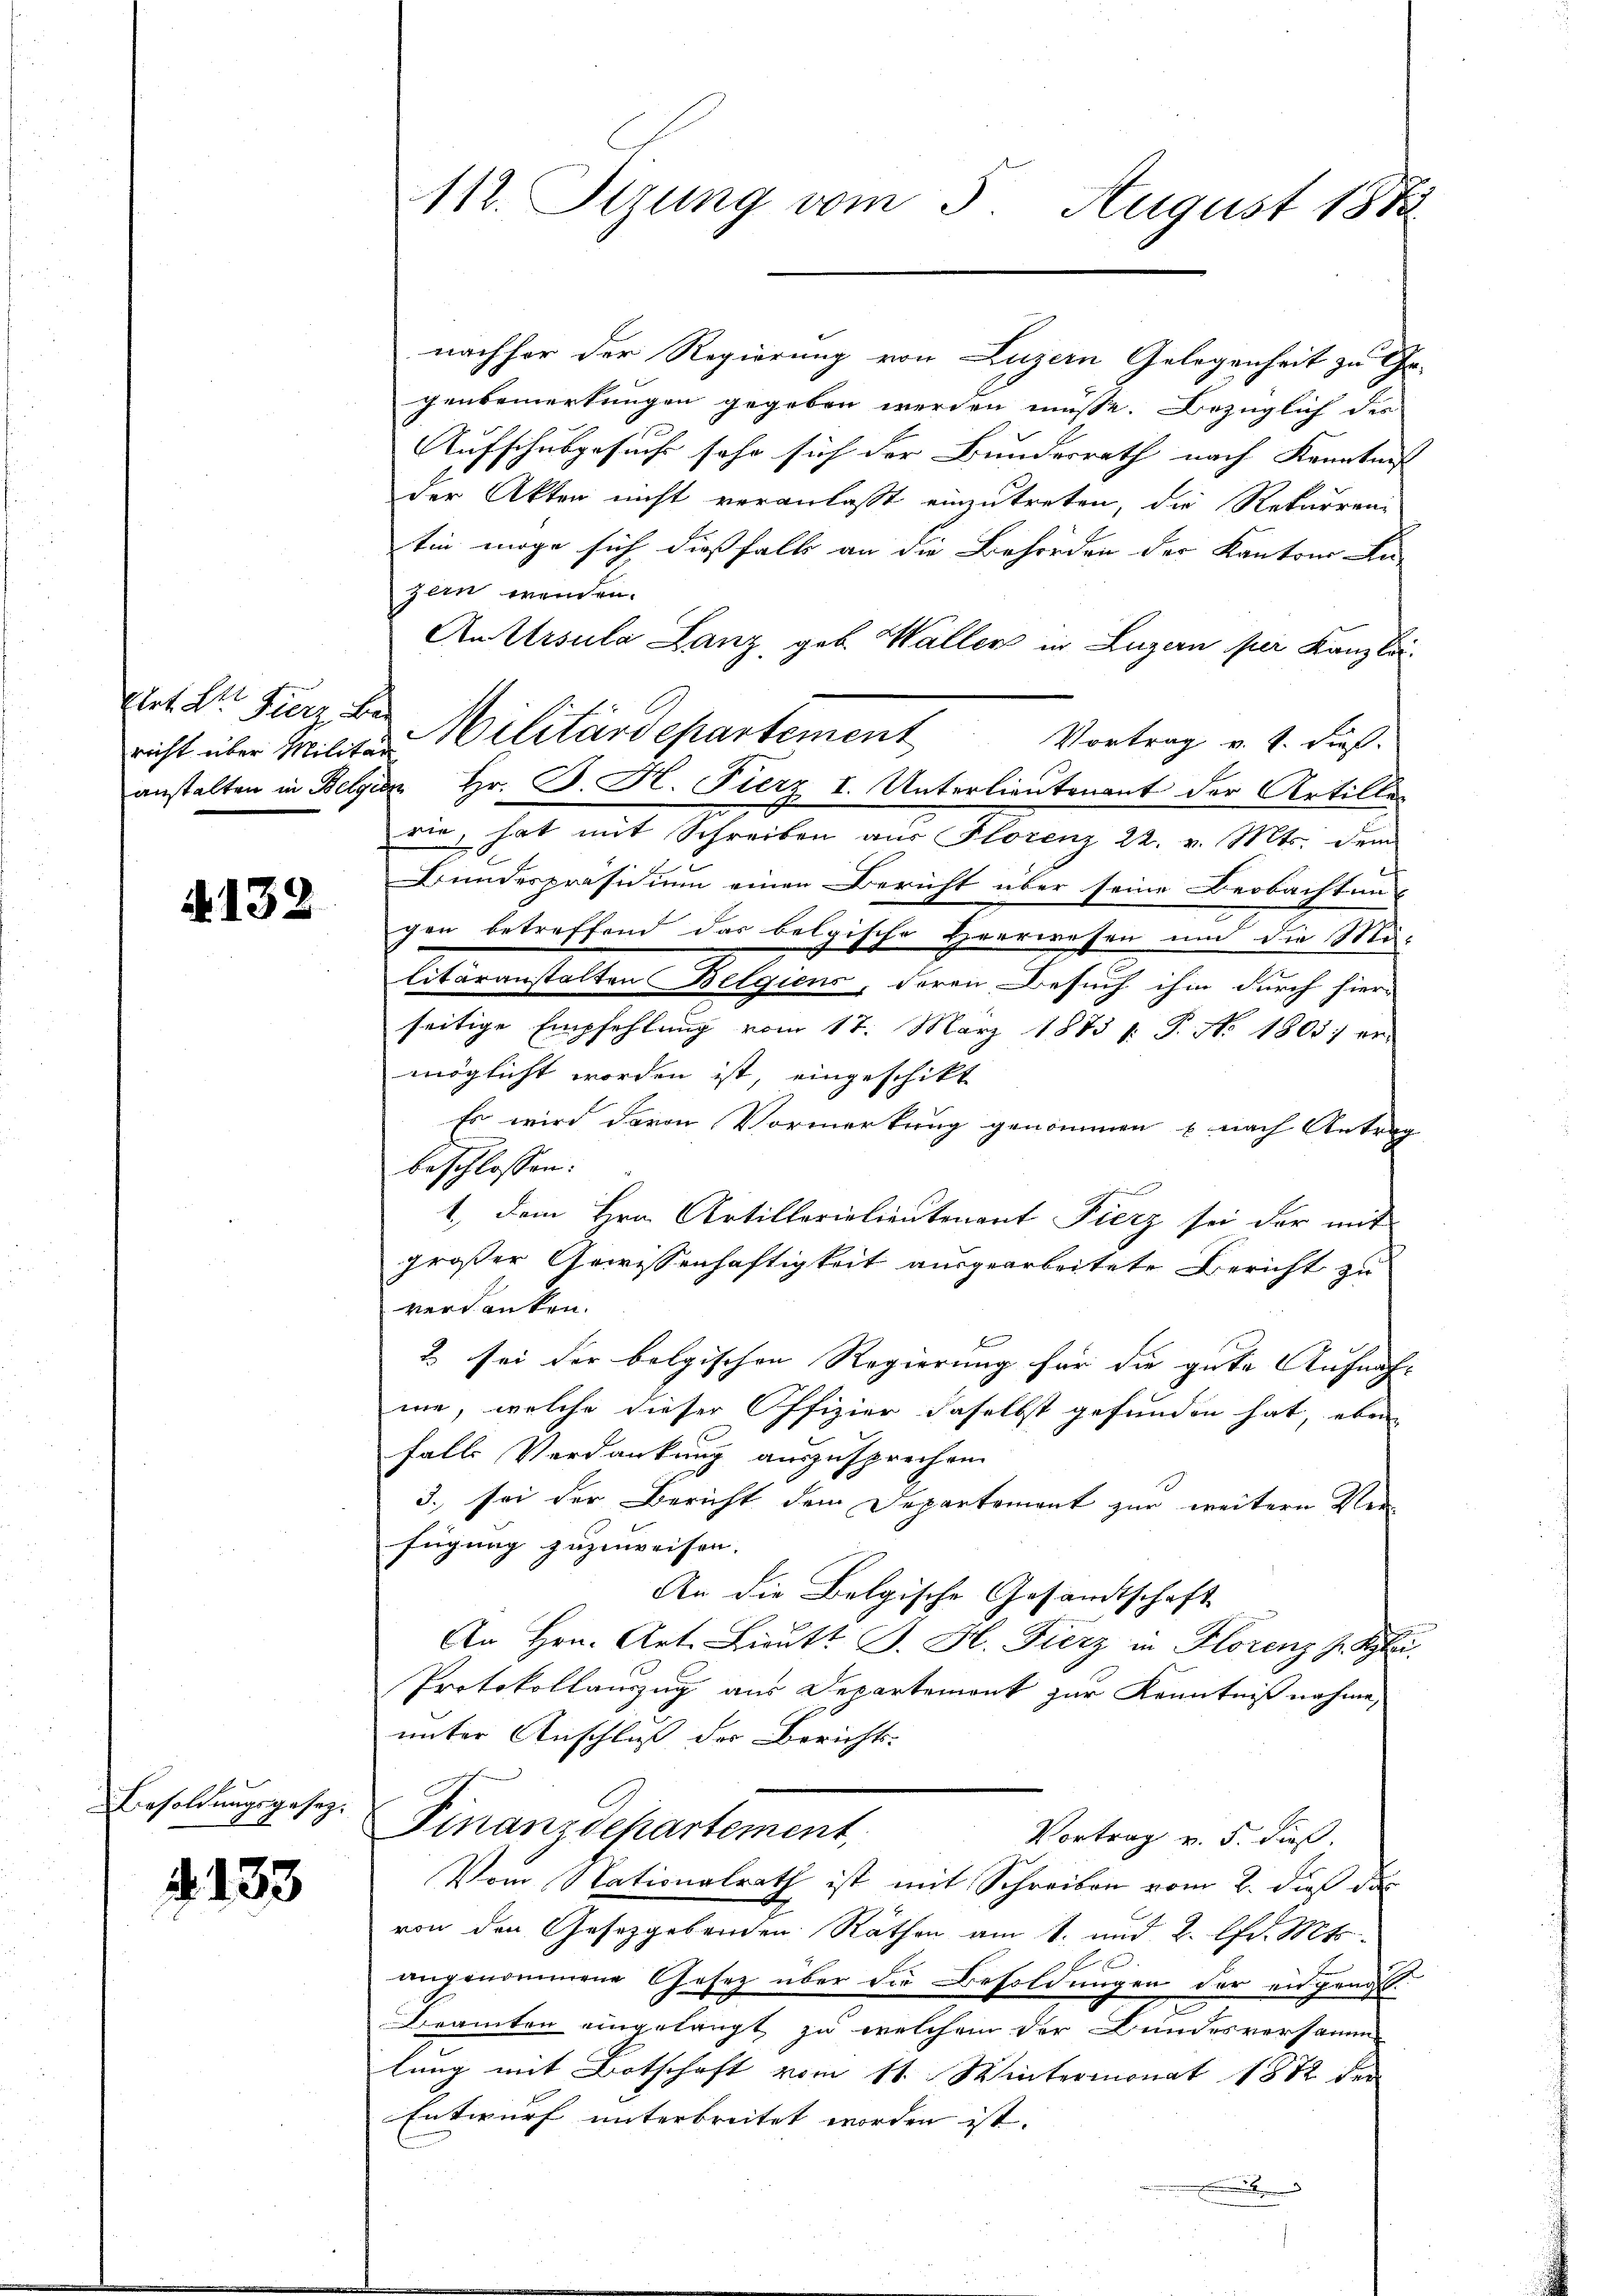
Elat Dr. Fierz bes

N. 132

Besoldungsgesez¬

§. 133

112. Sizung vom 3. August 1882

richt über Militar Militärdepartement

nachher der Regierung von Luzern Gelegenheit zu Ge-
genbemerkungen gegeben werden müsse. Bezüglich der
Aufschulgesuchs sehr sich der Bundesrath nach Kenntnis |
der Akten nicht veranlasst einzutreten, die Rekurren-
tin möge sich dießfalls an die Behörden der Kantons An-
zern wenden.
An Ursula Lanz, geb. Waller in Luzern per Kanzlei-
Vortrag v. J. dieß.
anstalten in Belgien Hr. J. H. Fierz I. Unterlieutenant der Artille-
rie, hat mit Schreiben aus Florenz 22. v. Mts. dem
Bundespräsidium einen Bericht über seine Beobachten
gen betreffend das belgische Herrwesen um die Mulitäranstalten Belgiens, deren Besuch ihm durch hier-
seitige Empfehlung vom 17. März 1873 1. P. No 1803. er-
möglicht worden ist, eingeschikt
Es wird davon Vormerkung genommen u. nach Antrag
beschlossen:
1., dem Hrn. Artillerielieutenant Fierz sei der mit
großer Gewissenhaftigkeit ausgearbeitete Bericht zu
versanten.
e
2 sei der belgischen Regierung für die gute Aufnaf- |
me, welche dieser Offizier daselbst gefunden hat, eben
falls Verdankung auszusprechen.
3. sei der Bericht dem Departement zur weitern Verfügung zuzuweisen.
An die Belgische Gesandtschaft
An Hrn. Art. Lieutt J. H. Fierz in Florenz J. Spi
Protokollauszug aus Departement zur Kenntnißnahme,
unter Anschluß des Berichts-
Finanzdepartement
Vortrag v. 5. dieß.
Vom Nationalrath ist mit Schreiben vom 2. dieß das
von den Gesetzgebenden Räthen am 1. und 2. Chr. Mts.
angenommene Gesetz über die Besoldungen der eidgen.
Beamten eingelangt zu welchem der Bundesversamm
lung mit Botschaft vom 11. Wintermonat 1882 der
Entwurf unterbreitet worden ist.
.